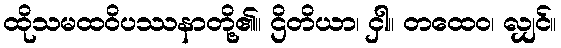
ထိုသမထဝိပဿနာတို့၏။ ဌိတိယာ၊ ငှါ။ တထေဝ၊ လျှင်။